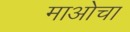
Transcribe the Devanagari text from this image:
माओचा